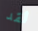
لقد